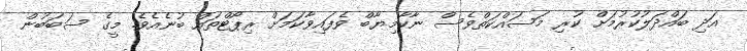
އަދި ބައްދަލުކުރުމަށް ކުރި މަސައްކަތްވެސް ނާކާމިޔާބް ވެފައިވާކަމަށް ރިޕޯޓްތައް ބުނެއެވެ. މީގެ ސަބަބުން